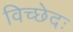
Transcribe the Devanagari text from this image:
विच्छेदः